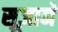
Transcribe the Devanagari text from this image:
सूज़ाने